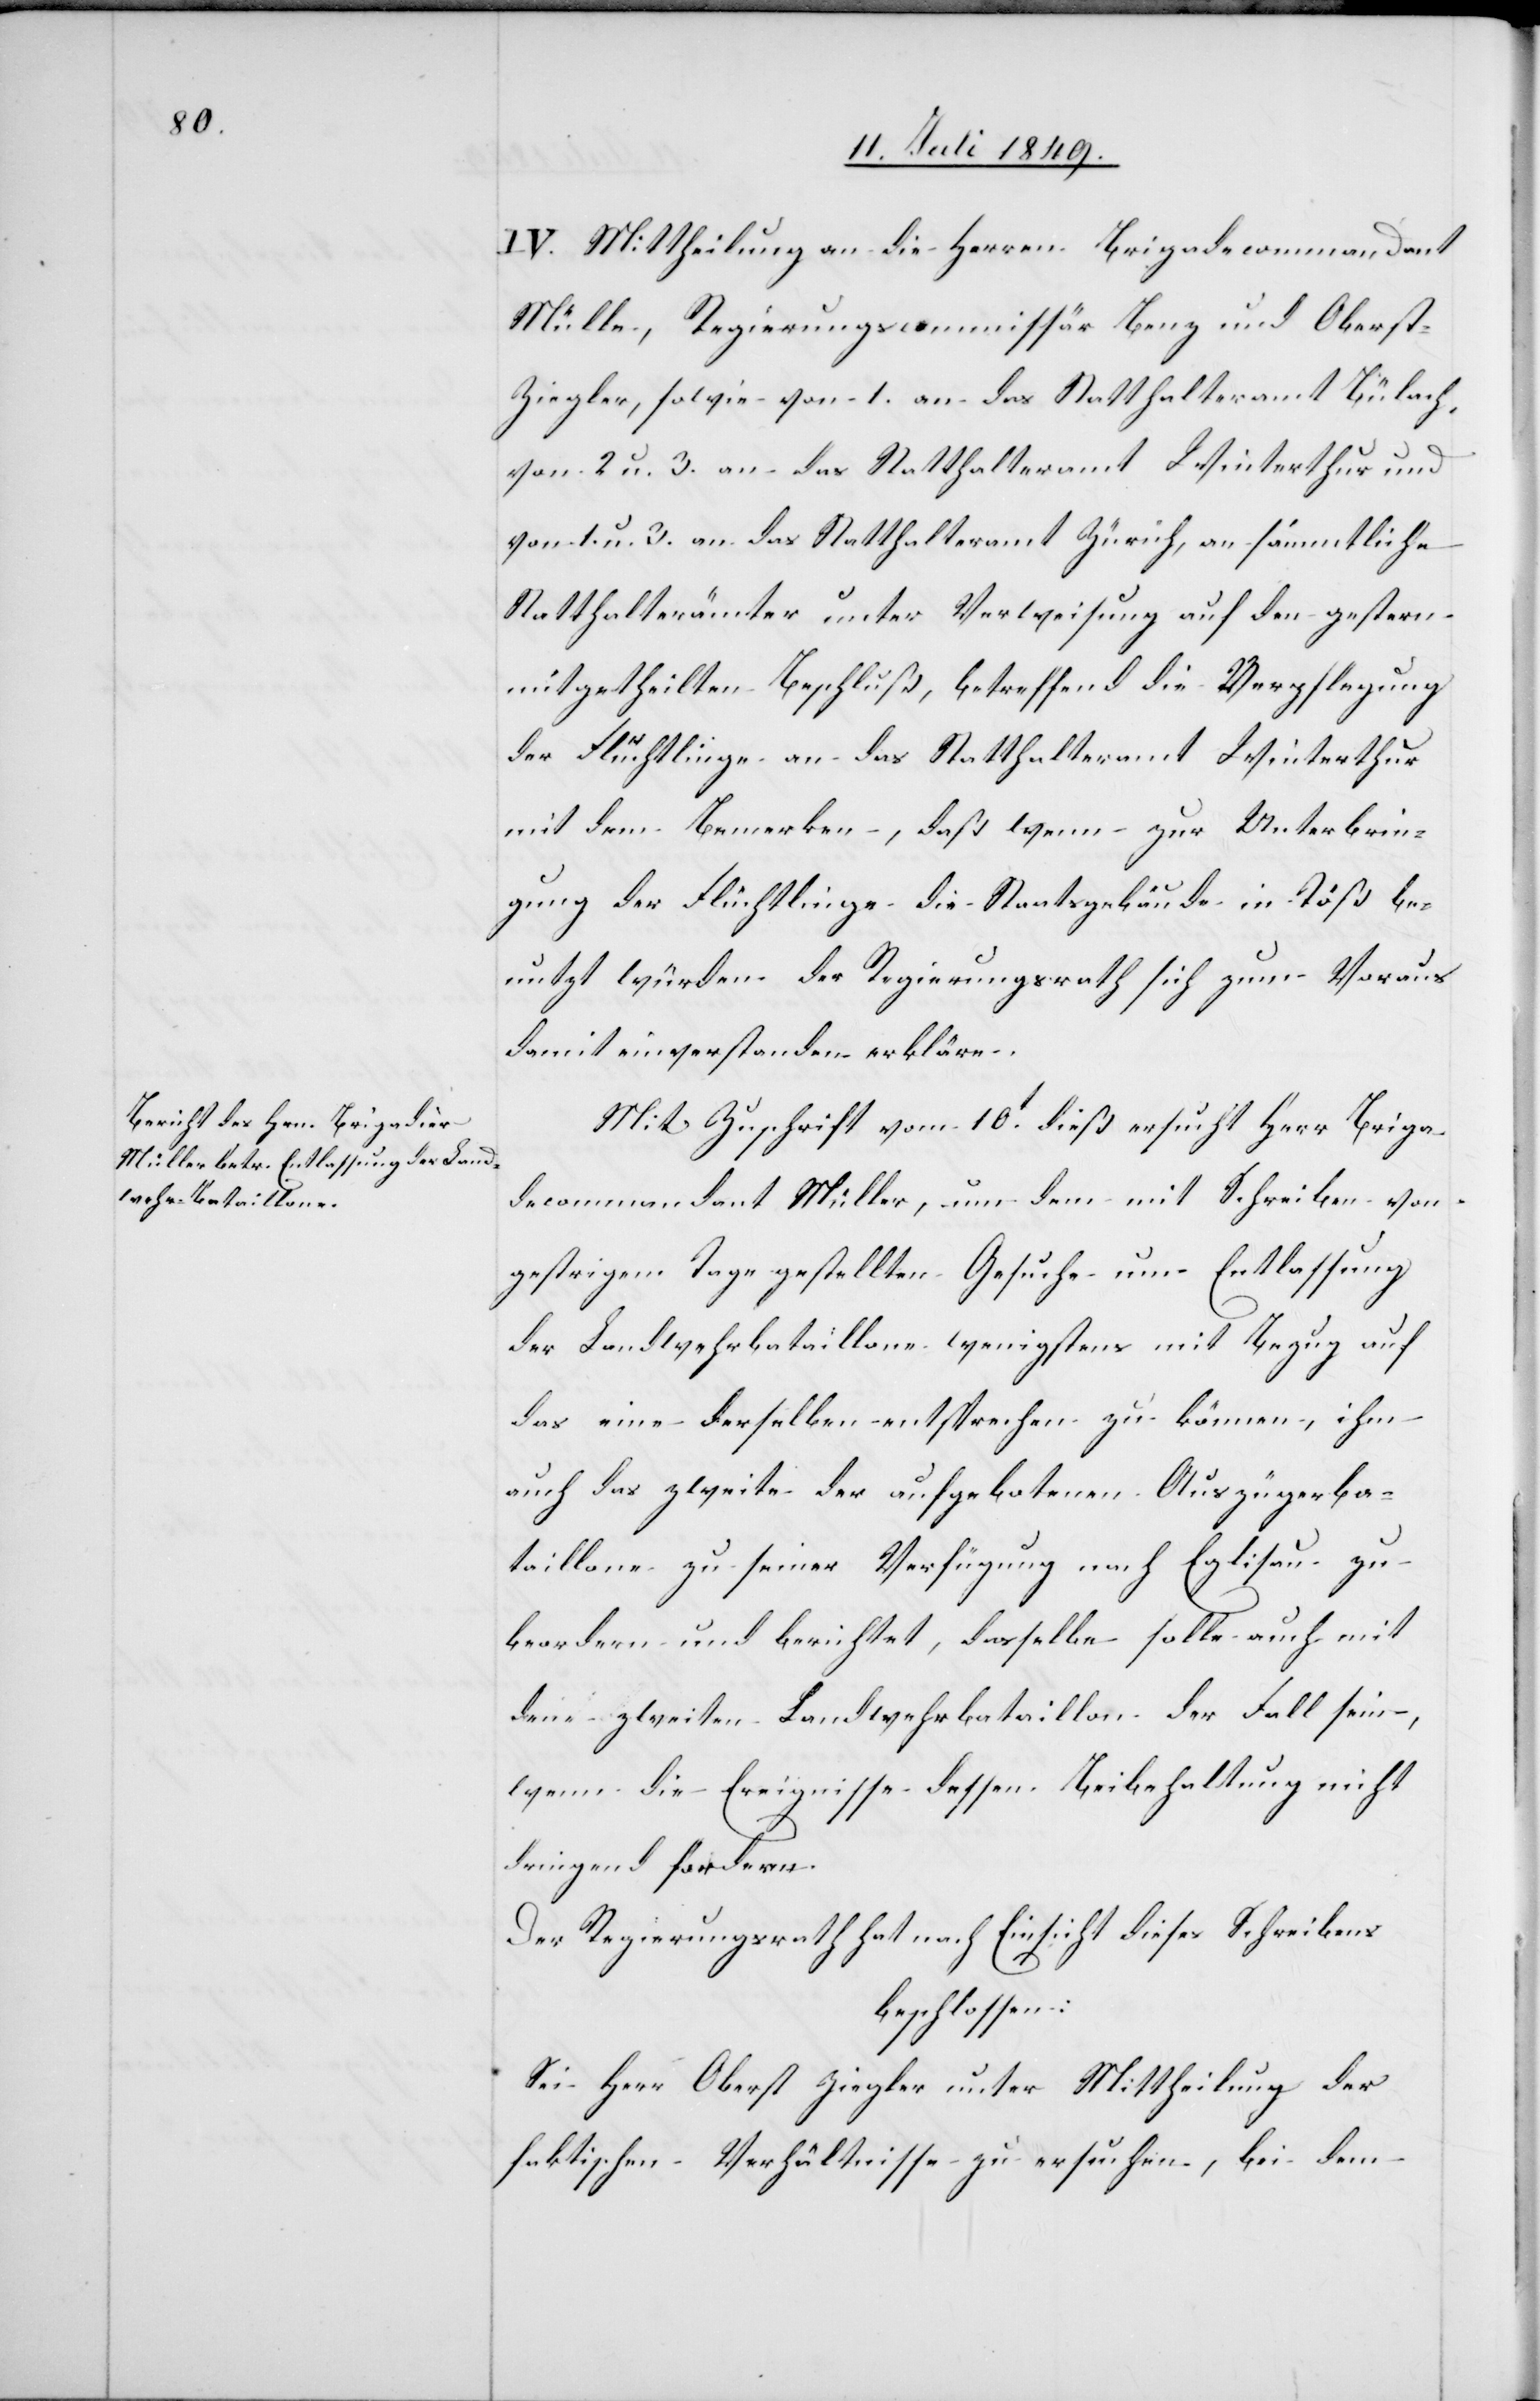
IV. Mittheilung an die Herrn Brigadecommandant
Müller, Regierungscommissär Benz und Oberst-Z¬
iegler, sowie von 1. an das Statthalteramt Bülach,
von 2. u. 3. an das Statthalteramt Winterthur und
von 1. u. 3. an das Statthalteramt Zürich, an sämmtliche
Statthalterämter unter Verweisung auf den gestern
mitgetheilten Beschluß, betreffend die Verpflegung
der Flüchtlinge an das Statthalteramt Winterthur
mit dem Bemerken, daß wenn zur Unterbrin¬
gung der Flüchtlinge die Staatsgebäude in Töß be¬
nutzt würden der Regierungsrath sich zum Voraus
damit einverstanden erkläre.
Mit Zuschrift vom 10t dieß ersucht Herr Briga¬
decommandant Müller, um dem mit Schreiben von
gestrigem Tage gestellten Gesuche um Entlassung
der Landwehrbataillone wenigstens mit Bezug auf
das eine derselben entsprechen zu können, ihm
auch das zweite der aufgebotenen Auszügerba¬
taillone zu seiner Verfügung nach Eglisau zu
beordern und berichtet, dasselbe solle auch mit
[sic!] zweiten Landwehrbataillon der Fall sein,
wenn die Ereignisse dessen Beibehaltung nicht
dringend fordern.
Der Regierungsrath hat nach Einsicht dieses Schreibens
beschlossen:
Sei Herr Oberst Ziegler unter Mittheilung der
faktischen Verhältnisse zu ersuchen, bei dem